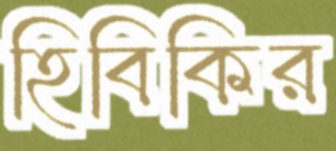
হিবিকির